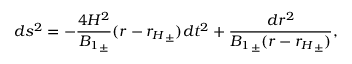
d s ^ { 2 } = - \frac { 4 H ^ { 2 } } { { B _ { 1 } } _ { \pm } } ( r - { r _ { H } } _ { \pm } ) d t ^ { 2 } + \frac { d r ^ { 2 } } { { B _ { 1 } } _ { \pm } ( r - { r _ { H } } _ { \pm } ) } ,